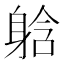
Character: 𮜹